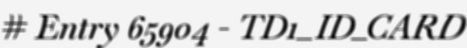
# Entry 65904 - TD1_ID_CARD